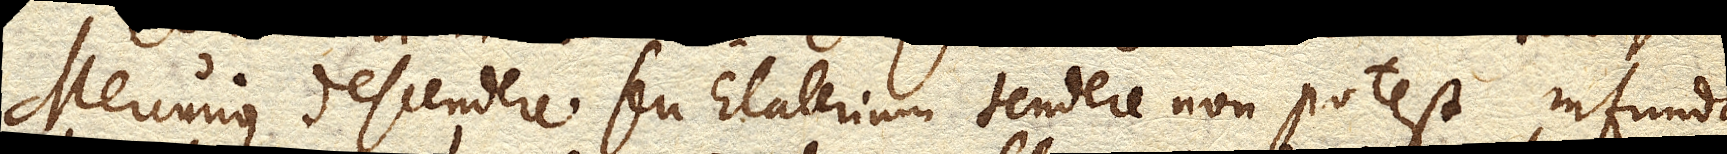
Mercurius descendere seu Elaterium tendere non potest. Infunda–